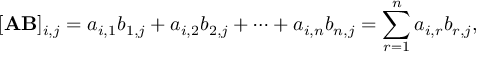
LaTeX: [ \mathbf { A B } ] _ { i , j } = a _ { i , 1 } b _ { 1 , j } + a _ { i , 2 } b _ { 2 , j } + \cdots + a _ { i , n } b _ { n , j } = \sum _ { r = 1 } ^ { n } a _ { i , r } b _ { r , j } ,